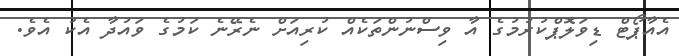
އެއާޕޯޓް ޑިވަލޮޕްކުރުމުގެ އާ ވިސްނުންތަކެއް ކުރިއަށް ނެރޭނެ ކަމުގެ ވައުދާ އެކު އެވެ.